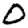
Digit: 0